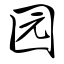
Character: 园